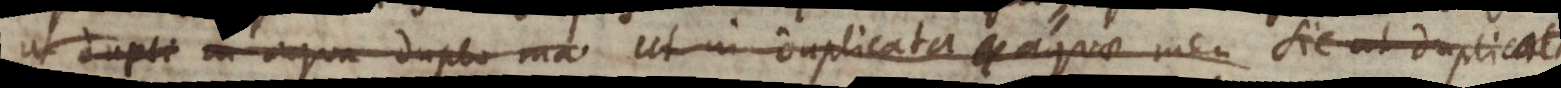
Ut dupli in aqua duplo ma Ut in duplicata aquae men Sic ut duplicata